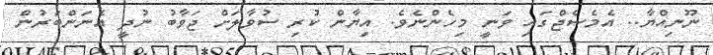
ނޫނިއްޔާ.. އެމެސެޖްގައި ވަނީ މިހެންނެވެ. އިޔާން ކުރި ސުވާލަށް ޖަވާބު ނުދީ އެނަންބަރުން